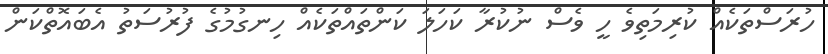
ހުރަސްތަކެއް ކުރިމަތިވެ ހީ ވެސް ނުކުރާ ކަހަލަ ކަންތައްތަކެއް ހިނގުމުގެ ފުރުސަތު އެބައޮތްކަން